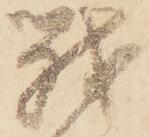
戦